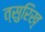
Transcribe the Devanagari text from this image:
त्सुरिख़्